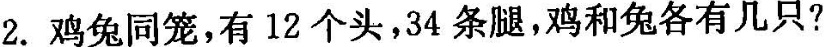
2.鸡兔同笼，有12个头，34条腿，鸡和兔各有几只?